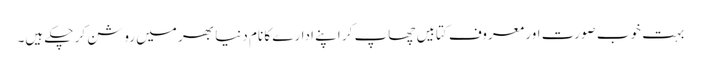
بہت خوب صورت اور معروف کتابیں چھاپ کر اپنے ادارے کا نام دنیا بھر میں روشن کر چکے ہیں۔